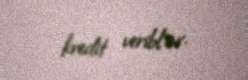
kredit veriblər.